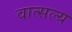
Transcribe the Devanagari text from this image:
वात्‍सल्‍य